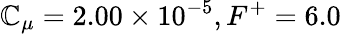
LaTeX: \mathbb{C}_{\mu}=2.00\times10^{-5},F^{+}=6.0